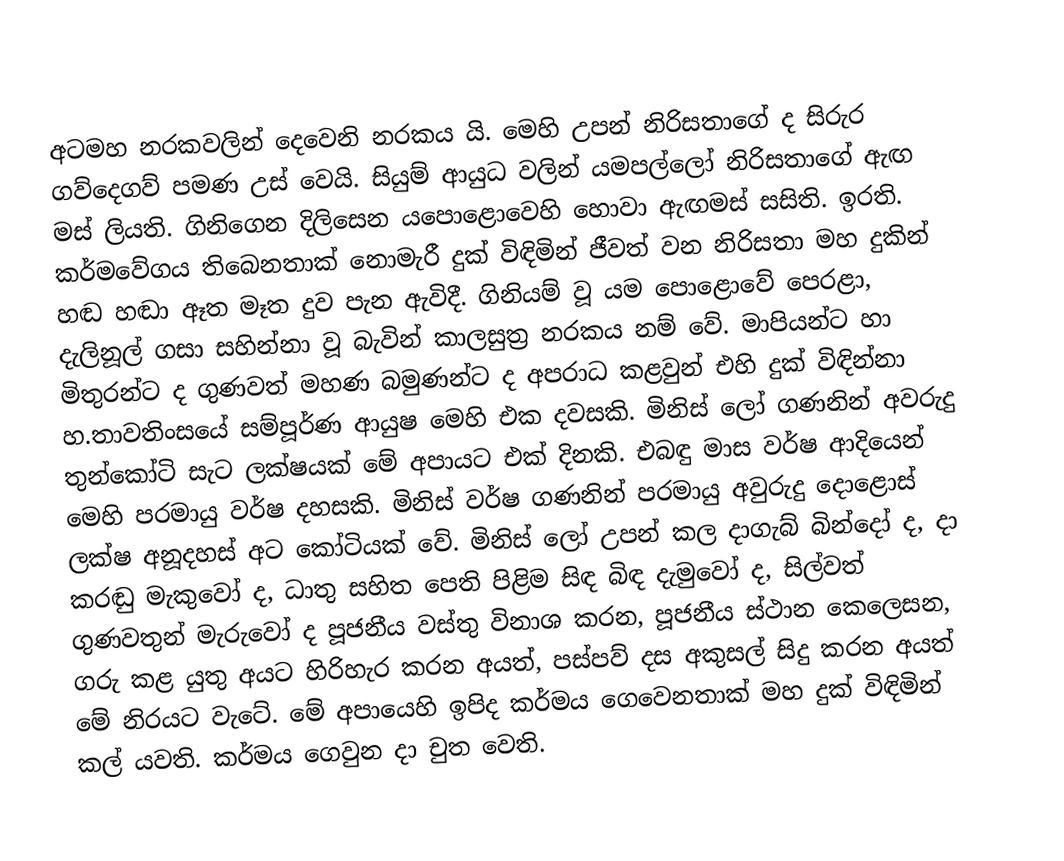
අටමහ නරකවලින් දෙවෙනි නරකය යි. මෙහි උපන් නිරිසතාගේ ද සිරුර ගව්දෙගව් පමණ උස් වෙයි. සියුම් ආයුධ වලින් යමපල්ලෝ නිරිසතාගේ ඇඟ මස් ලියති. ගිනිගෙන දිලිසෙන යපොළොවෙහි හොවා ඇඟමස් සසිති. ඉරති. කර්මවේගය තිබෙනතාක් නොමැරී දුක් විඳිමින් ජීවත් වන නිරිසතා මහ දුකින් හඬ හඬා ඈත මෑත දුව පැන ඇවිදී.  ගිනියම් වූ යම පොළොවේ පෙරළා, දැලිනූල් ගසා සහින්නා වූ බැවින් කාලසුත්‍ර නරකය නම් වේ. මාපියන්ට හා මිතුරන්ට ද ගුණවත් මහණ බමුණන්ට ද අපරාධ කළවුන් එහි දුක් විඳින්නා හ.තාවතිංසයේ සම්පූර්ණ ආයුෂ මෙහි එක දවසකි. මිනිස් ලෝ ගණනින් අවරුදු තුන්කෝටි සැට ලක්ෂයක් මේ අපායට එක් දිනකි. එබඳු මාස වර්ෂ ආදියෙන් මෙහි පරමායු වර්ෂ දහසකි. මිනිස් වර්ෂ ගණනින් පරමායු අවුරුදු දොළොස් ලක්ෂ අනූදහස් අට කෝටියක් වේ. මිනිස් ලෝ උපන් කල දාගැබ් බින්දෝ ද, දා කරඬු මැකුවෝ ද, ධාතු සහිත පෙති පිළිම සිඳ බිඳ දැමුවෝ ද, සිල්වත් ගුණවතුන් මැරුවෝ ද පූජනීය වස්තු විනාශ කරන, පූජනීය ස්ථාන කෙලෙසන, ගරු කළ යුතු අයට හිරිහැර කරන අයත්, පස්පව් දස අකුසල් සිදු කරන අයත් මේ නිරයට වැටේ. මේ අපායෙහි ඉපිද කර්මය ගෙවෙනතාක් මහ දුක් විඳිමින් කල් යවති. කර්මය ගෙවුන දා චුත වෙති.